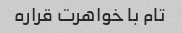
تام با خواهرت قراره